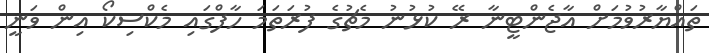
ތައްޔާރުވުމަށް އާޖެންޓީނާ ރޭ ކުޅުނު މެޗުގެ ފުރަތަމަ ހާފްގައި މެކްސިކޯ އިން ވަނީ